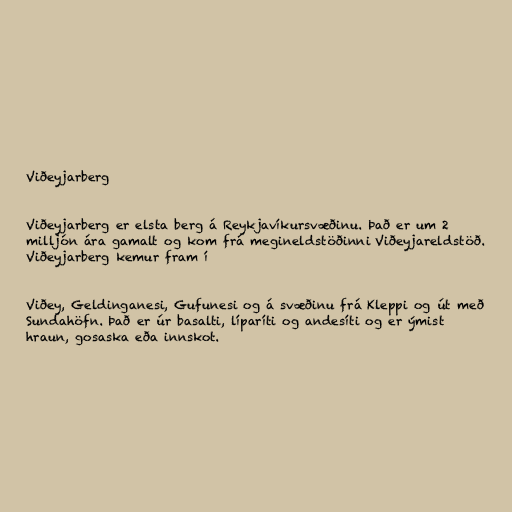
Viðeyjarberg

Viðeyjarberg er elsta berg á Reykjavíkursvæðinu. Það er um 2
milljón ára gamalt og kom frá megineldstöðinni Viðeyjareldstöð.
Viðeyjarberg kemur fram í

Viðey, Geldinganesi, Gufunesi og á svæðinu frá Kleppi og út með
Sundahöfn. Það er úr basalti, líparíti og andesíti og er ýmist
hraun, gosaska eða innskot.